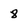
Character: 8